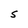
Character: S